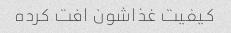
کیفیت غذاشون افت کرده